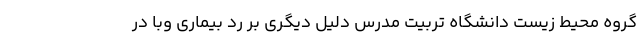
گروه محیط زیست دانشگاه تربیت مدرس دلیل دیگری بر رد بیماری وبا در